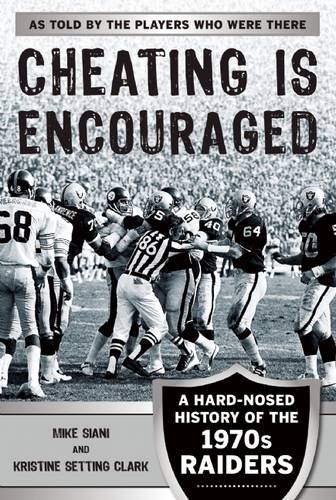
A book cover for Cheating Is Encouraged: A Hard-Nosed History of the 1970s Raiders; Mike Siani; Sports & Outdoors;